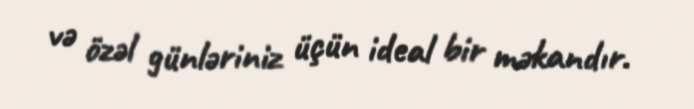
və özəl günləriniz üçün ideal bir məkandır.